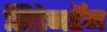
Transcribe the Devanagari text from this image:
सिडेनहॅम